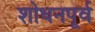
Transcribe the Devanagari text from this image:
शोधनपूर्व